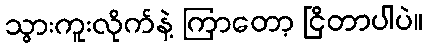
သွားကူးလိုက်နဲ့ ကြာတော့ ငြိတာပါပဲ။